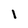
Character: l